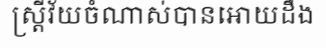
ស្ត្រីវ័យចំណាស់បានអោយដឹង